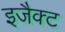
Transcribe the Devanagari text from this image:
इजैक्ट